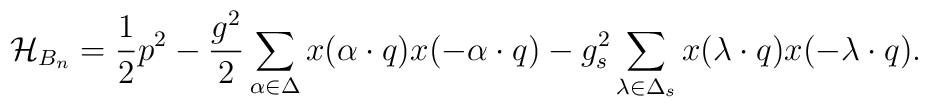
{\cal H}_{B_n}={1\over2}p^2-{g^2\over2}   \sum_{\alpha\in\Delta}   	x(\alpha\cdot q)x(-\alpha\cdot q)-   {g_s^2}\sum_{\lambda\in\Delta_s}   	x(\lambda\cdot q)x(-\lambda\cdot q).